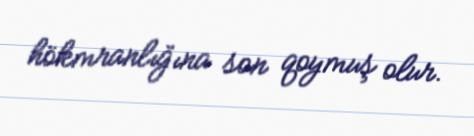
hökmranlığına son qoymuş olur.